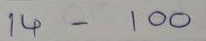
14 - 100